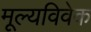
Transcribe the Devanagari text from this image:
मूल्यविवेक